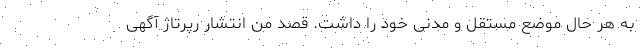
به ‌هر حال موضع مستقل و مدنی خود را داشت. قصد من انتشار رپرتاژ آگهی